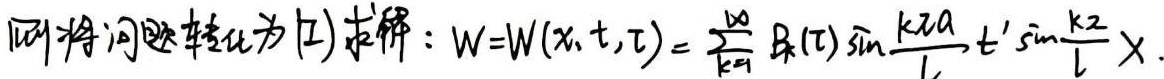
则将问题转化为(1)求解：$W = W(x,t,\tau)=\sum_{k = 1}^{\infty}B_k(\tau)\sin\frac{k\pi a}{l}t'\sin\frac{k\pi}{l}x.$